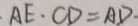
A E \cdot C D = A D \cdot